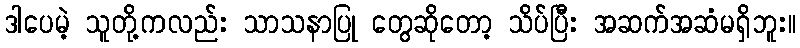
ဒါပေမဲ့ သူတို့ကလည်း သာသနာပြု တွေဆိုတော့ သိပ်ပြီး အဆက်အဆံမရှိဘူး။